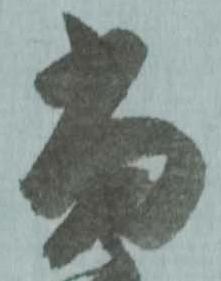
當